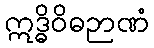
ဣဒ္ဓိဝိဓဉာဏံ